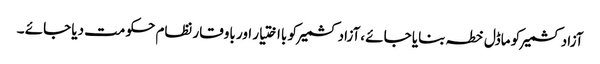
آزادکشمیر کو ماڈل خطہ بنایا جائے ،آزادکشمیر کو بااختیار اور باوقار نظام حکومت دیا جائے ۔